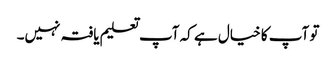
تو آپ کا خیال ہے کہ آپ تعلیم یافتہ نہیں۔